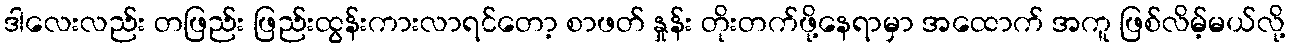
ဒါလေးလည်း တဖြည်း ဖြည်းထွန်းကားလာရင်တော့ စာဖတ် နှုန်း တိုးတက်ဖို့နေရာမှာ အထောက် အကူ ဖြစ်လိမ့်မယ်လို့